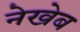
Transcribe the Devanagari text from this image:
नेखेब